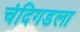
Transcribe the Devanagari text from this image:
चंदिगडला